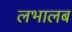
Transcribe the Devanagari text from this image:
लभालब